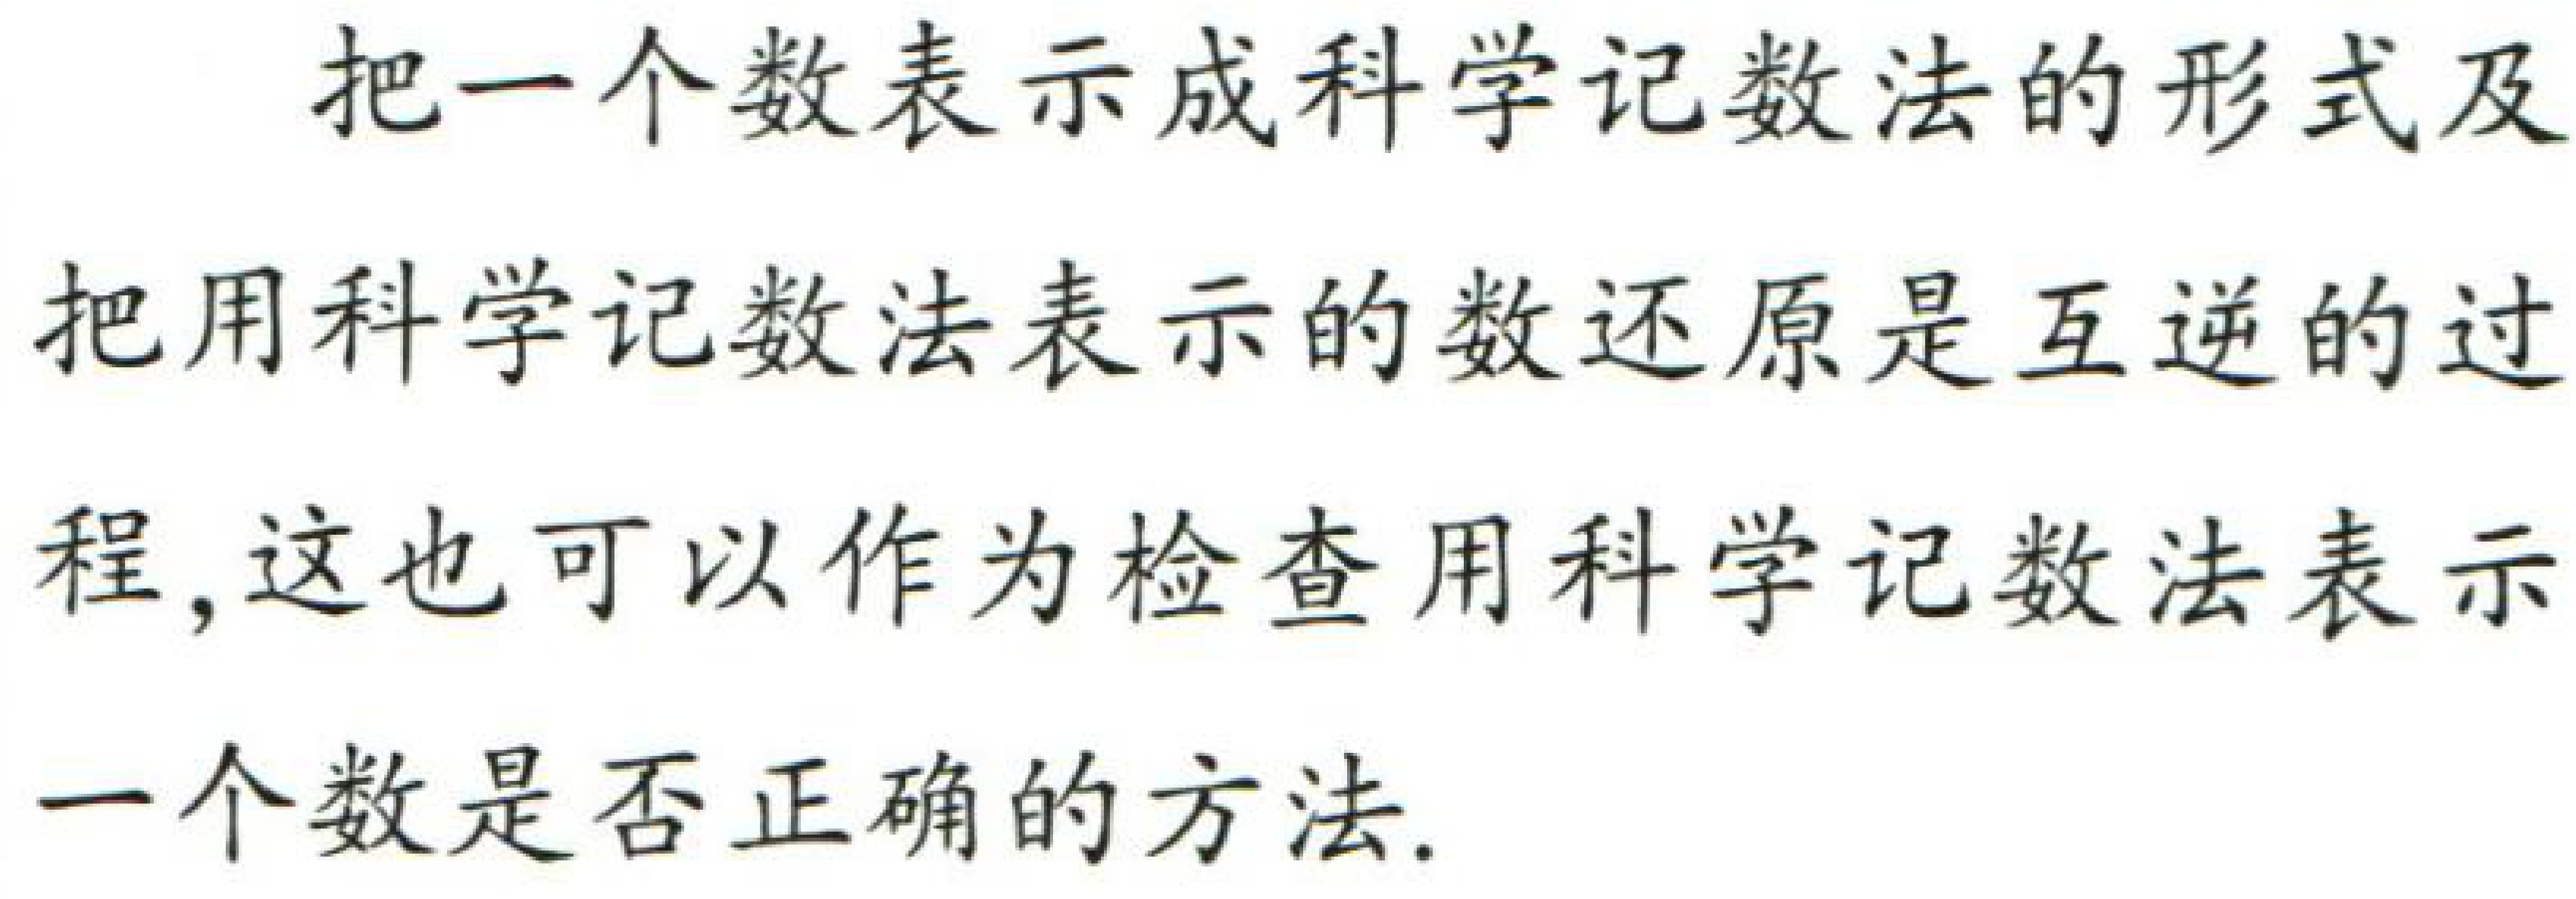
把一个数表示成科学记数法的形式及把用科学记数法表示的数还原是互逆的过程,这也可以作为检查用科学记数法表示一个数是否正确的方法.